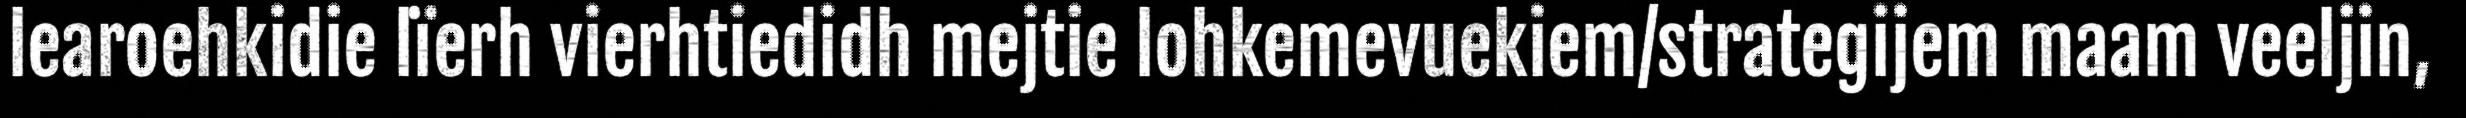
learoehkidie lïerh vierhtiedidh mejtie lohkemevuekiem/strategijem maam veeljin,